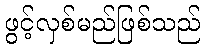
ဖွင့်လှစ်မည်ဖြစ်သည်